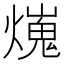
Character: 𤐜